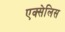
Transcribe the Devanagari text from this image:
एक्सेलिस